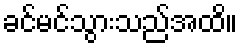
ခင်မင်သွားသည်အထိ။